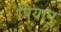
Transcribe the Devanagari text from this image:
पियानू